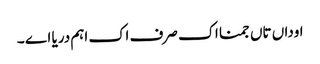
اوداں تاں جمنا اک صرف اک اہم دریا اے ۔